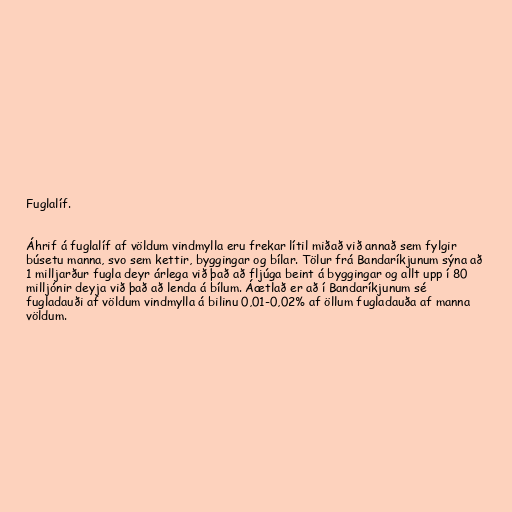
Fuglalíf.

Áhrif á fuglalíf af völdum vindmylla eru frekar lítil miðað við annað sem fylgir
búsetu manna, svo sem kettir, byggingar og bílar. Tölur frá Bandaríkjunum sýna að
1 milljarður fugla deyr árlega við það að fljúga beint á byggingar og allt upp í 80
milljónir deyja við það að lenda á bílum. Áætlað er að í Bandaríkjunum sé
fugladauði af völdum vindmylla á bilinu 0,01-0,02% af öllum fugladauða af manna
völdum.